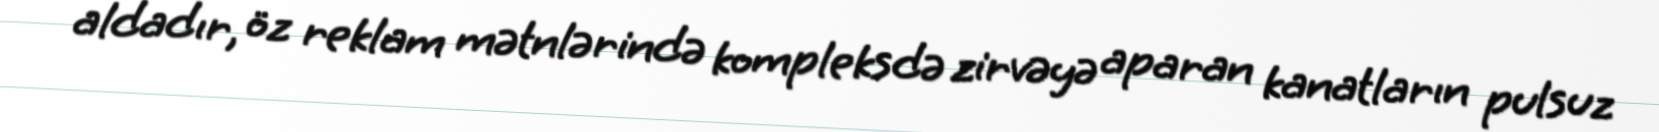
aldadır, öz reklam mətnlərində kompleksdə zirvəyə aparan kanatların pulsuz